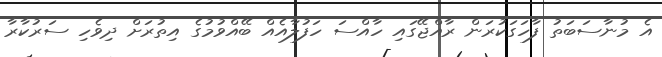
އެ މުނާސަބަތު ފާހަގަކުރަން ރާއްޖޭގައި ހާއްސަ ހަފުލާއެއް ބޭއްވުމުގެ އިތުރަށް ދިވެހި ސަރުކާރާ